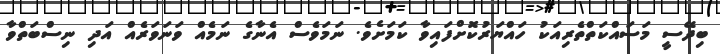
ބިދޭސީ މަސައްކަތްތެރިއަކު ހައްޔަރުކޮށްފައިވާ ކަމަށެވެ. ނަމަވެސް އެނާގެ ނަމެއް ވަނަވަރެއް އަދި ނިސްބަތްވާ